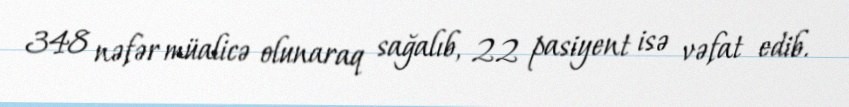
348 nəfər müalicə olunaraq sağalıb, 22 pasiyent isə vəfat edib.